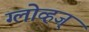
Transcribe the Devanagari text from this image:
ग्लोव्हज्